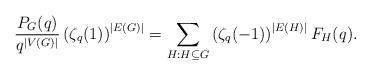
LaTeX: \begin{align*}\frac{P_G (q)}{q^{|V(G)|}}\left(\zeta _q (1)\right)^{|E(G)|}=\sum_{H: H \subseteq G} \left(\zeta _q(-1)\right)^{|E(H)|} F_H (q).\end{align*}